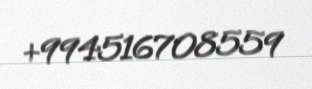
+994516708559